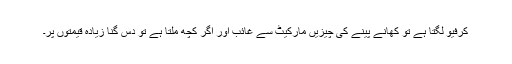
کرفیو لگتا ہے تو کھانے پینے کی چیزیں مارکیٹ سے غائب اور اگر کچھ ملتا ہے تو دس گنا زیادہ قیمتوں پر۔